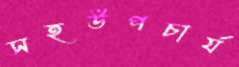
সহউপচার্য